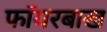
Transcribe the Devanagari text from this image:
फॉयरबाख